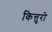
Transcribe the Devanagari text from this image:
कित्तुरो